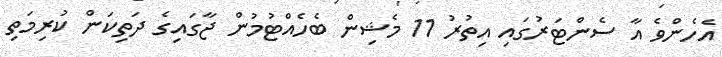
އެހެންވެ އާ ސެންޓަރުގައި އިތުރު 11 މެޝިން ބެހެއްޓުމުން ޖާގައިގެ ދަތިކަން ކުރިިމަތި